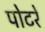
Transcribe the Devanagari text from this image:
पोटरे